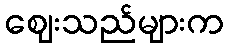
ဈေးသည်များက